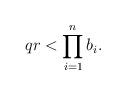
LaTeX: \begin{align*}qr < \prod_{i=1}^nb_i. \end{align*}